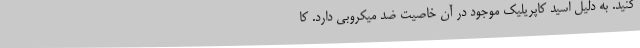
کنید. به دلیل اسید کاپریلیک موجود در آن خاصیت ضد میکروبی دارد. کا